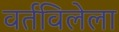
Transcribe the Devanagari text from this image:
वर्तविलेला